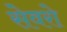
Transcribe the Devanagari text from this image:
सेवरो